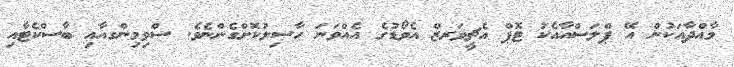
މާއްދާއަކުން އޭ ޕްލަސްއާއެކު ޓޮޕް އެޗީވަރޒް އެވޯޑުގެ އެއްވަނަ ހާސިލުކޮށްގެންނެވެ. ސްވިމިންގއާއި ބާސްކެޓާއި